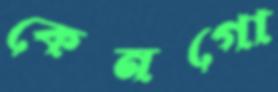
কেনগো